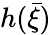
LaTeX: h(\bar{\xi})